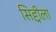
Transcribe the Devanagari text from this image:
सिद्दीला